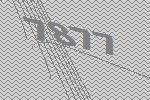
7877